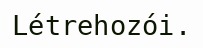
Létrehozói.